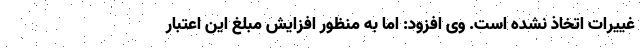
غییرات اتخاذ نشده است. وی افزود: اما به منظور افزایش مبلغ این اعتبار